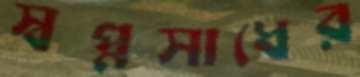
স্বপ্নসাধের